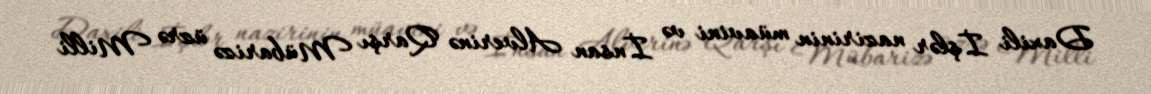
Daxili İşlər nazirinin müavini və İnsan Alverinə Qarşı Mübarizə üzrə Milli